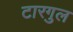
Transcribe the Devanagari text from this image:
टारगुल